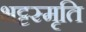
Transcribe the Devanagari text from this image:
भट्टस्मृति